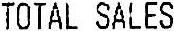
TOTAL SALES